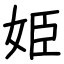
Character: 姫